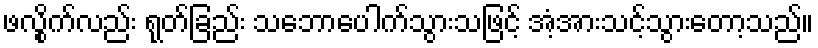
ဖလွိုက်လည်း ရုတ်ခြည်း သဘောပေါက်သွားသဖြင့် အံ့အားသင့်သွားတော့သည်။